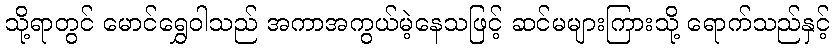
သို့ရာတွင် မောင်ရွှေဝါသည် အကာအကွယ်မဲ့နေသဖြင့် ဆင်မများကြားသို့ ရောက်သည်နှင့်